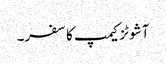
آشوٹزکیمپ کا سفر۔